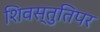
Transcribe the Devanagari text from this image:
शिवस्तुतिपर